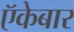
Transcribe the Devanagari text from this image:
ऍकेबार